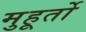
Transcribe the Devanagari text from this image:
मुहूर्तो